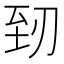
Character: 䑒